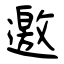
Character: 邀